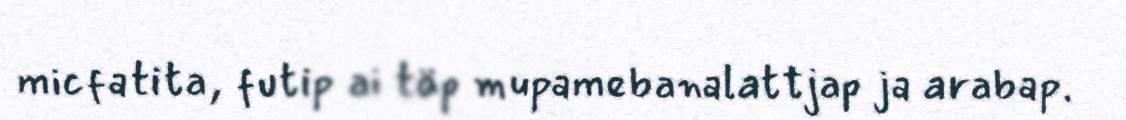
micfatita, futip ai täp mupamebanalattjap ja arabap.